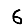
Digit: 6